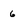
Character: 6